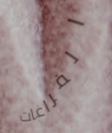
الفراغات